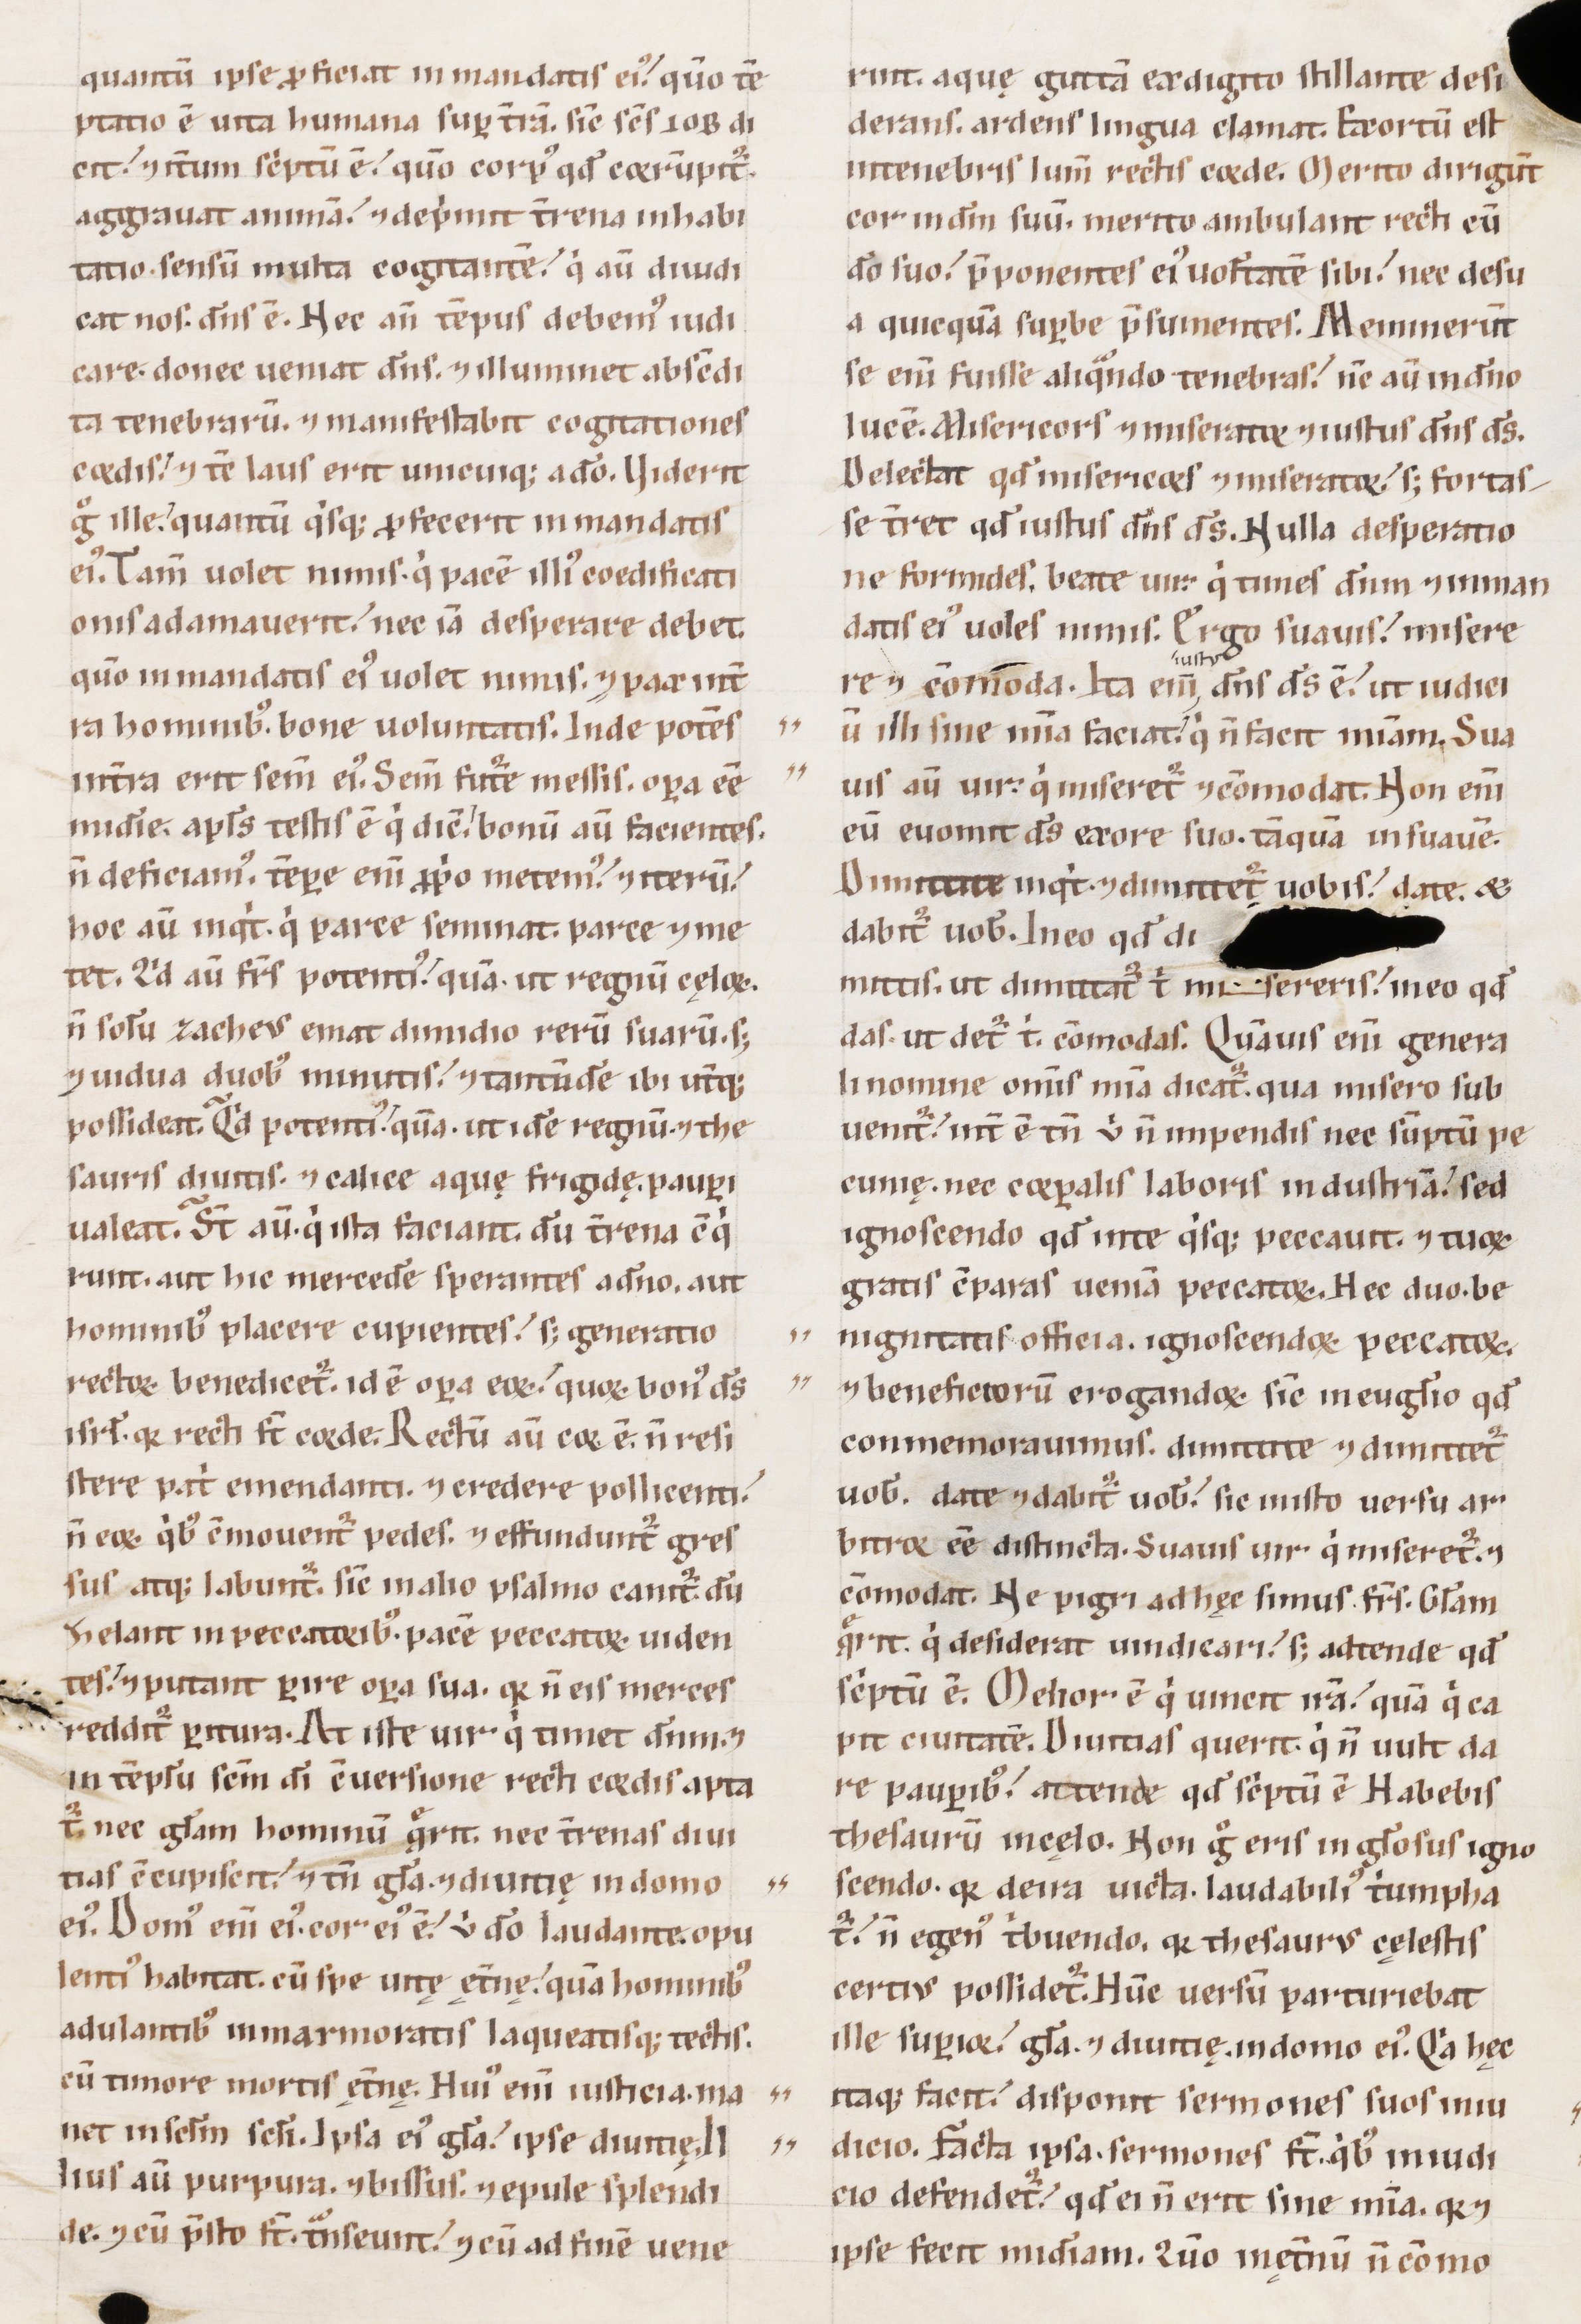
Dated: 1100–1199